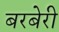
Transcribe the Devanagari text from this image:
बरबेरी